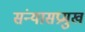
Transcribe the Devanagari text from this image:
संन्यासप्रमुख